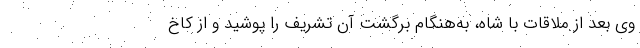
وی بعد از ملاقات با شاه، به‌هنگام برگشت آن تشریف را پوشید و از کاخ